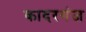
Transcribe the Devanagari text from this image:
कादरगंज